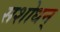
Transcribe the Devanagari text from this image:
सशोधन्